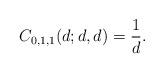
LaTeX: \begin{align*} C_{0,1,1}(d; d,d) = {1\over d}.\end{align*}